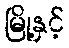
မြို့နှင့်